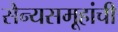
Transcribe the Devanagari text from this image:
सैन्यसमूहांची